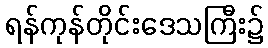
ရန်ကုန်တိုင်းဒေသကြီး၌